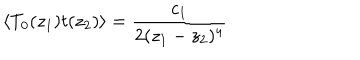
\langle T _ { 0 } ( z _ { 1 } ) t ( z _ { 2 } ) \rangle = \frac { c _ { 1 } } { 2 ( z _ { 1 } - z _ { 2 } ) ^ { 4 } }